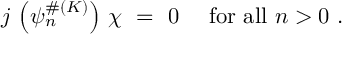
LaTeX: j \, \left( \psi _ { n } ^ { \# ( K ) } \right) \, \chi \ = \ 0 \ \quad \mathrm { f o r \ a l l } \ n > 0 \ .